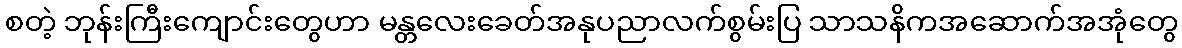
စတဲ့ ဘုန်းကြီးကျောင်းတွေဟာ မန္တလေးခေတ်အနုပညာလက်စွမ်းပြ သာသနိကအဆောက်အအုံတွေ